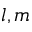
l , m